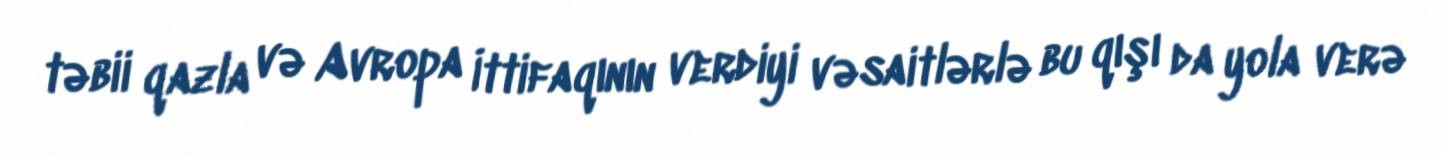
təbii qazla və Avropa İttifaqının verdiyi vəsaitlərlə bu qışı da yola verə